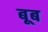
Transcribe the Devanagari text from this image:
बूब